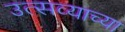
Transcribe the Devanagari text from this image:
उत्सव्याच्या